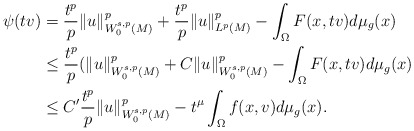
\begin{align*} \psi(tv)&=\frac{t^{p}}{p} \|u\|^p_{W_{0}^{s,p}(M)}+ \frac{t^{p}}{p} \|u\|^{p}_{L^{p}(M)}- \int_{\Omega }F(x,tv)d\mu _ g(x) \\ & \leq \frac{t^{p}}{p} (\|u\|^p_{W_0^{s,p}(M)}+C \|u\|^p_{W_0^{s,p}(M)}-\int_{\Omega}F(x,tv)d\mu _ g(x)\\ & \leq C' \frac{t^{p}}{p} \|u\|^p_{W_0^{s,p}(M)}-t^{\mu}\int_{\Omega }f(x,v)d\mu _ g(x). \end{align*}